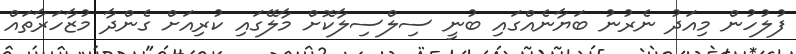
ފުލުހުން މިއަދު ނެރުނު ބަޔާނެއްގައި ބުނީ ސިލްސިލާކޮށް މާލޭގައި ކުރިއަށް ގެންދާ މުޒާހަރާތައް